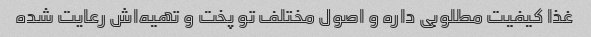
غذا کیفیت مطلوبی داره و اصول مختلف تو پخت و تهیه‌اش رعایت شده